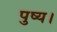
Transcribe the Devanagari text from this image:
पुष्य।